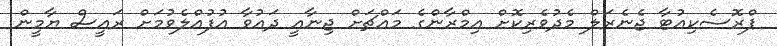
ޕްރޮސެކިއުޓާ ޖެނެރަލް މެދުވެރިކޮށް އިމްރާންގެ މައްޗަށް ޖިނާއީ ދައުވާ އުފުއްލެވުމަށް ރައީސް ޔާމީން